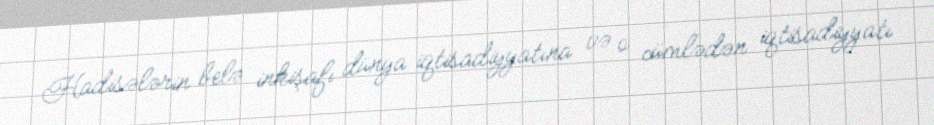
Hadisələrin belə inkişafı dünya iqtisadiyyatına və o cümlədən iqtisadiyyatı